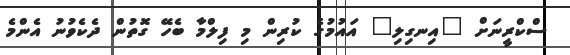
ސްކްރީނަށް "އިނގިލި" އައުމުގެ ކުރިން މި ފިލްމާ ބެހޭ ގޮތުން ދެކެވުނު އެންމެ